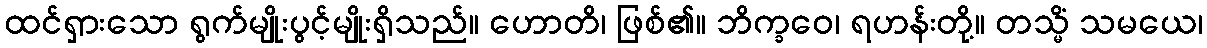
ထင်ရှားသော ရွက်မျိုးပွင့်မျိုးရှိသည်။ ဟောတိ၊ ဖြစ်၏။ ဘိက္ခဝေ၊ ရဟန်းတို့။ တသ္မိံ သမယေ၊